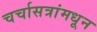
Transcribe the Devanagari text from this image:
चर्चासत्रांमधून